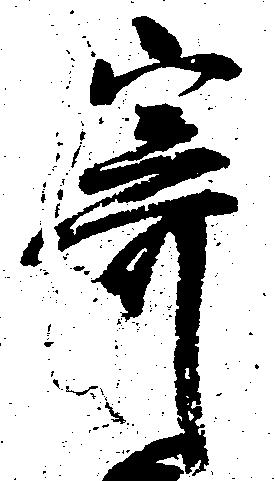
寄